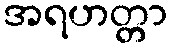
အရဟတ္တာ